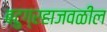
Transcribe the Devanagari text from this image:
बटुग्रहाजवळील